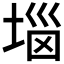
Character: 𡍗